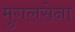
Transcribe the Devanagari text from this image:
मुगलसेना